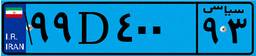
۵۵D۸۵۱۶۷